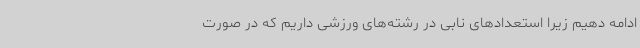
ادامه دهیم زیرا استعدادهای نابی در رشته‌های ورزشی داریم که در صورت